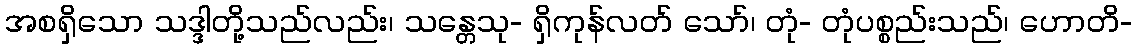
အစရှိသော သဒ္ဒါတို့သည်လည်း၊ သန္တေသု- ရှိကုန်လတ် သော်၊ တုံ- တုံပစ္စည်းသည်၊ ဟောတိ-